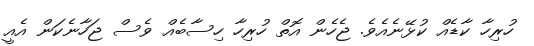
ހުރިހާ ކާޑެއް ކުޅޭނެއެވެ. ޖެހެން އޮތް ހުރިހާ ހިސާބެއް ވެސް ޖަހާނެކަން އެއީ